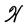
Character: H